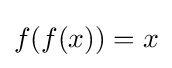
f(f(x))=x